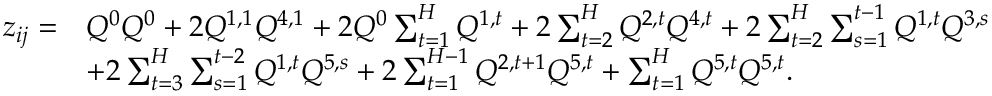
\begin{array} { r l } { z _ { i j } = } & { Q ^ { 0 } Q ^ { 0 } + 2 Q ^ { 1 , 1 } Q ^ { 4 , 1 } + 2 Q ^ { 0 } \sum _ { t = 1 } ^ { H } Q ^ { 1 , t } + 2 \sum _ { t = 2 } ^ { H } Q ^ { 2 , t } Q ^ { 4 , t } + 2 \sum _ { t = 2 } ^ { H } \sum _ { s = 1 } ^ { t - 1 } Q ^ { 1 , t } Q ^ { 3 , s } } \\ & { + 2 \sum _ { t = 3 } ^ { H } \sum _ { s = 1 } ^ { t - 2 } Q ^ { 1 , t } Q ^ { 5 , s } + 2 \sum _ { t = 1 } ^ { H - 1 } Q ^ { 2 , t + 1 } Q ^ { 5 , t } + \sum _ { t = 1 } ^ { H } Q ^ { 5 , t } Q ^ { 5 , t } . } \end{array}